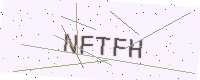
Text: NFTFH